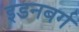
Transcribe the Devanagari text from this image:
इडनबर्ग